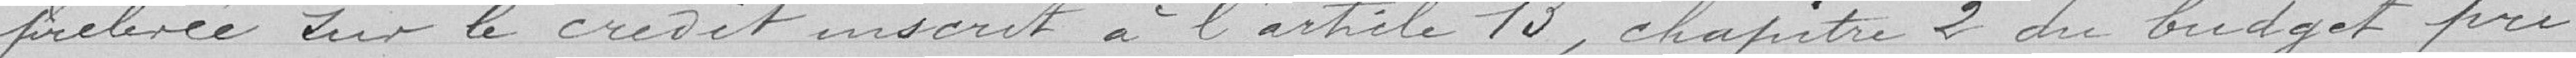
prélevée sur le crédit inscrit à l'article 13, chapitre 2 du budget pri-